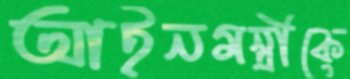
আইনমন্ত্রীকে